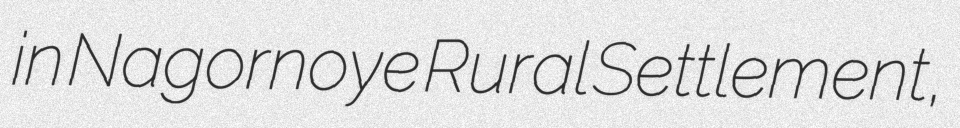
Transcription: in Nagornoye Rural Settlement,